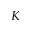
K